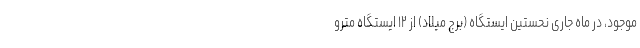
موجود، در ماه جاری نحستین ایستگاه (برج میلاد) از ۱۲ ایستگاه مترو